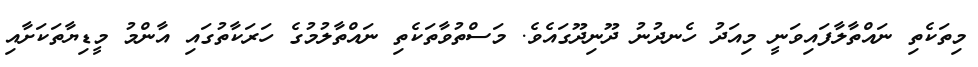
މިތަކެތި ނައްތާލާފައިވަނީ މިއަދު ހެނދުނު ދޫނިދޫގައެވެ. މަސްތުވާތަކެތި ނައްތާލުމުގެ ހަރަކާތުގައި އާންމު މީޑިޔާތަކަށާއި